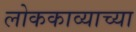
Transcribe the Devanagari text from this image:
लोककाव्याच्या